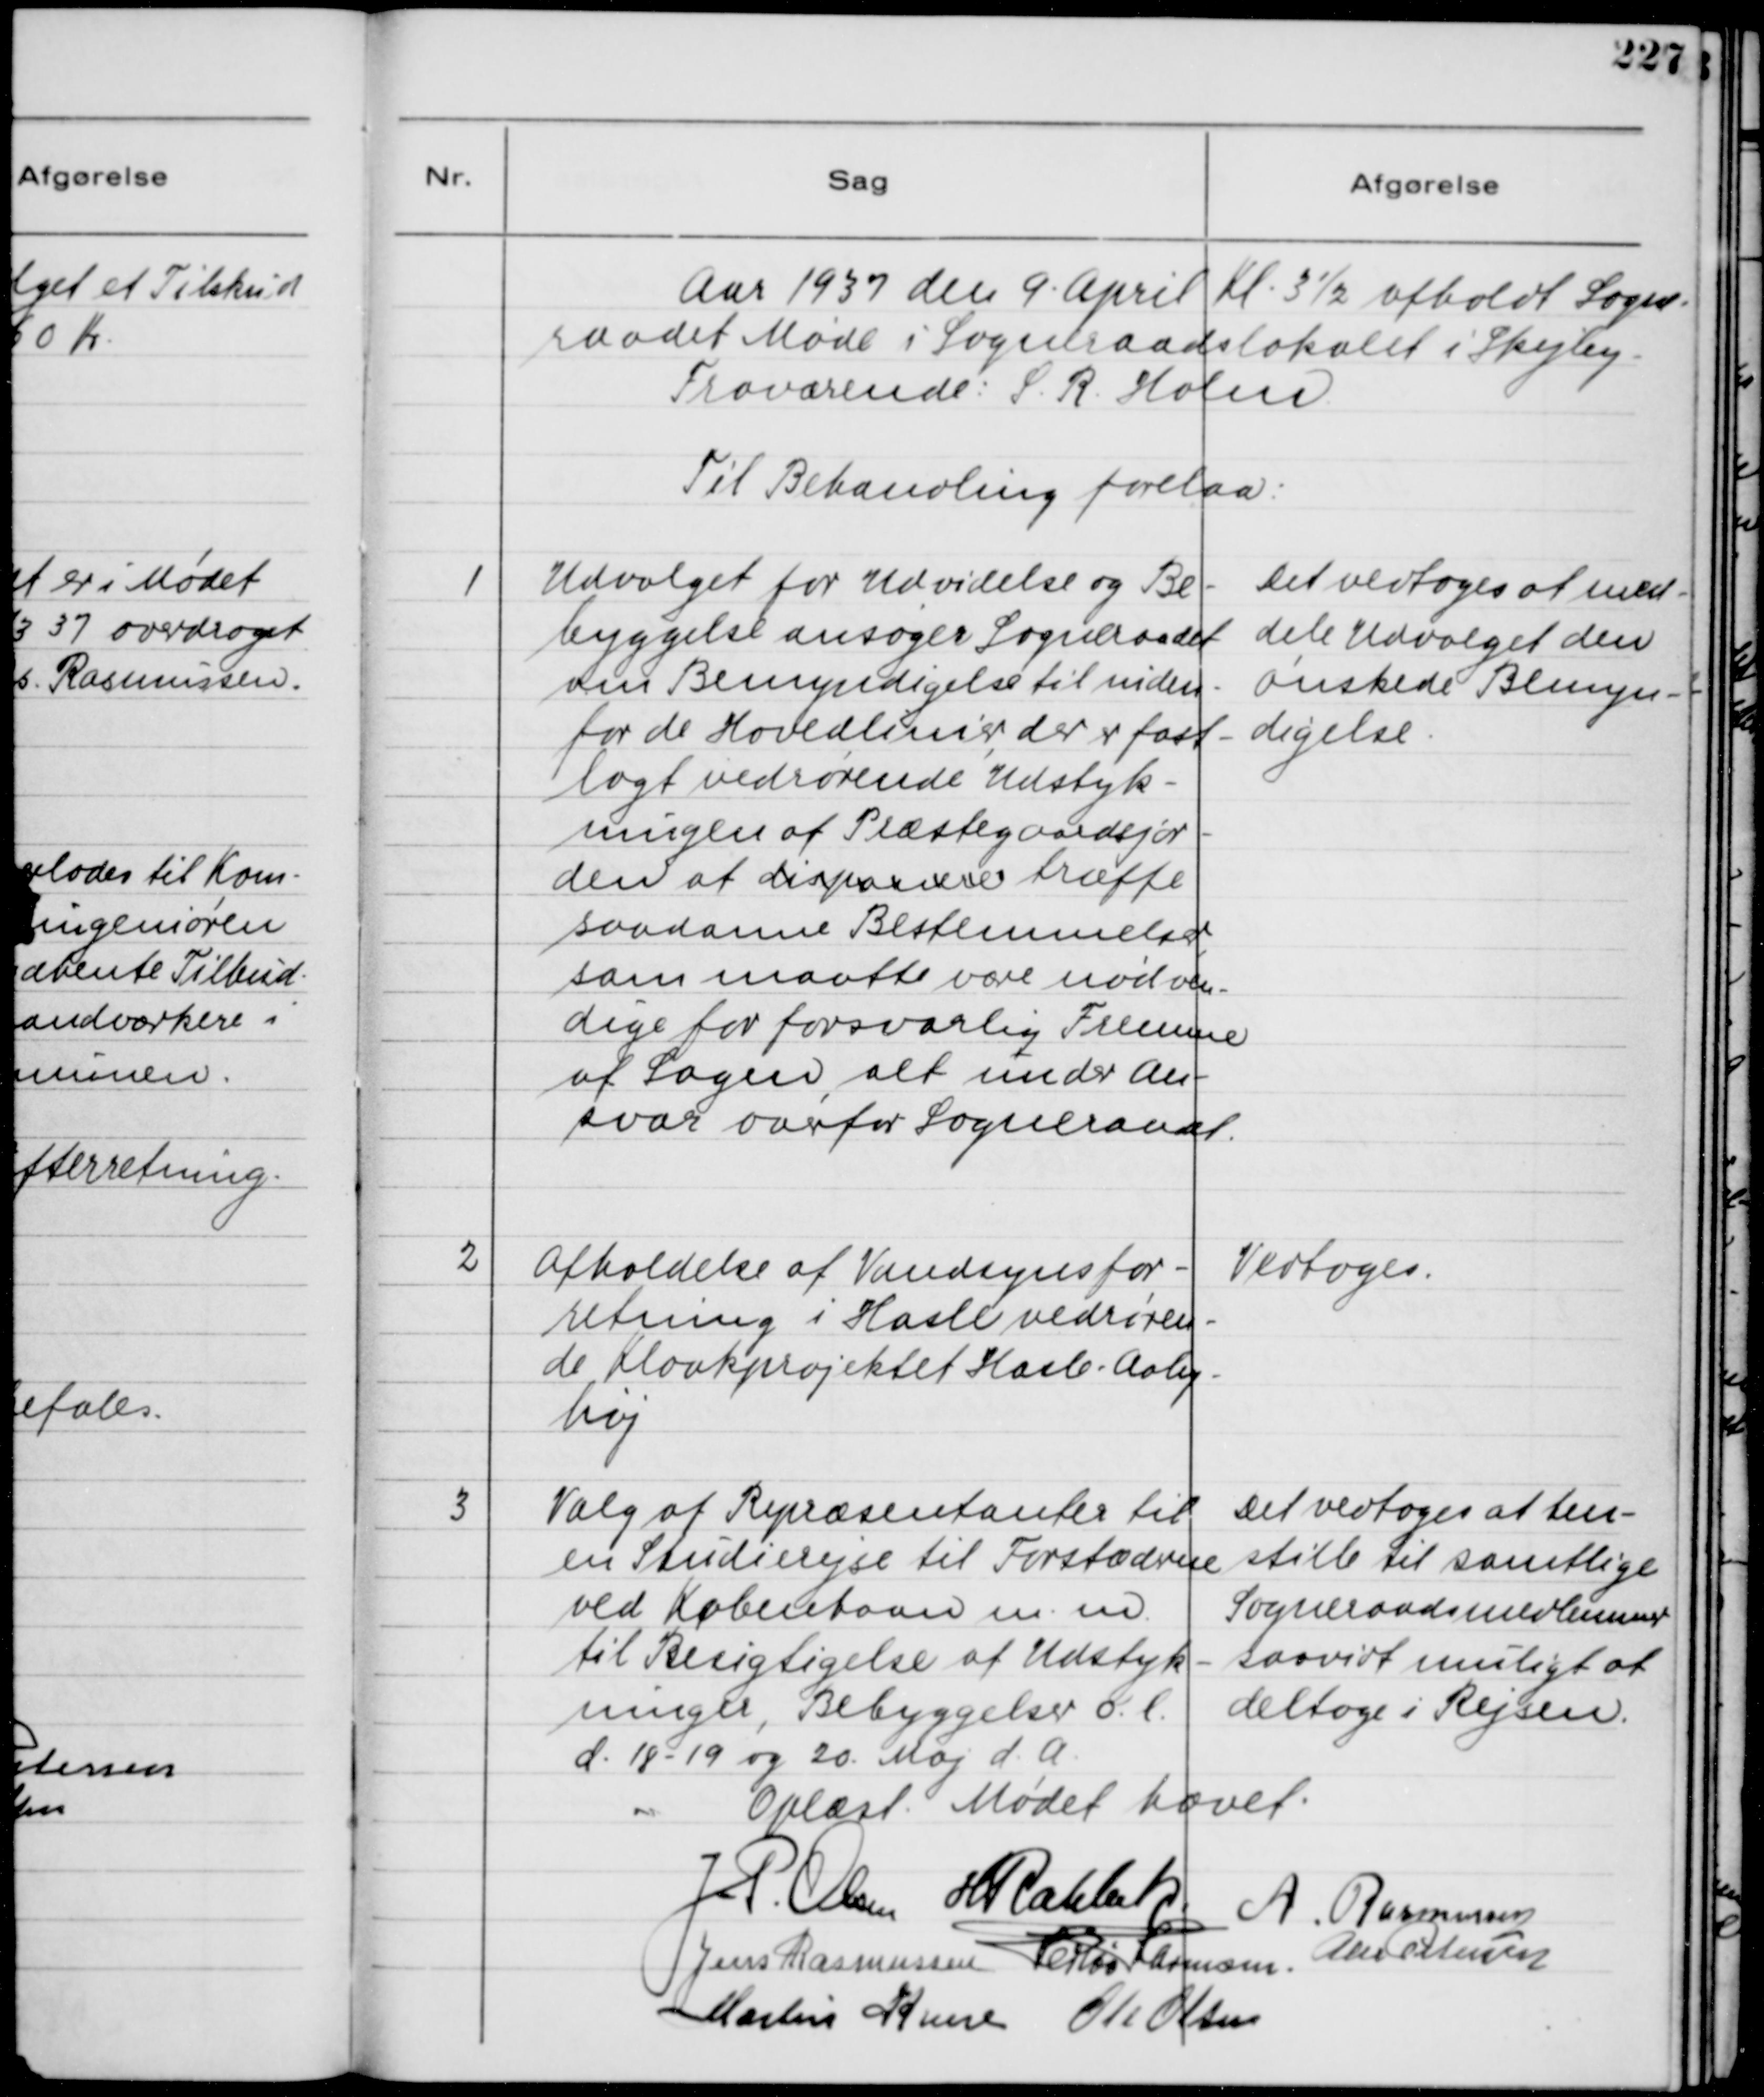
Transskription:
Aar 1937 den 9. April Kl. 3½ afholdt Sogne-
raadet Møde i Sogneraadslokalet i Skejby -
Fraværende: S. R. Holm.
Til Behandling forelaa:

1
Udvalget for Udvidelse og Be-
byggelse ansøger Sogneraadet
om Bemyndigelse til inden-
for de Hovedlinier, der er fast-
lagt vedrørende Udstyk-
ningen af Præstegaardsjor-
den at dispensere træffe
saadanne Bestemmelser,
som maatte være nødven-
dige for forsvarlig Fremme
af Sagen, alt under An-
svar overfor Sogneraadet.

Det vedtoges at med-
dele Udvalget den
ønskede Bemynd-
digelse.

2
Afholdelse af Vandsynsfor-
retning i Hasle vedrøren-
de Kloakprojektet Hasle - Aaby-
høj

Vedtoges.

3
Valg af Repræsentanter til
en Studierejse til Forstæderne
ved København m. m.
til Besigtigelse af Udstyk-
ninger, Bebyggelser o. l.
d. 18-19 og 20. Maj d. A.

Det vedtoges at hen-
stille til samtlige
Sogneraadsmedlemmer
saavidt muligt at
deltage i Rejsen.

Oplæs. Mødet hævet.
J. P. Olsen
H Rahbek
A. Rasmussen
Jens Rasmussen
Herlou Harmsen.
Alex Petersen
Martin Kruse
Ole Olsen